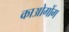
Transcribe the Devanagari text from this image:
काओगोंग